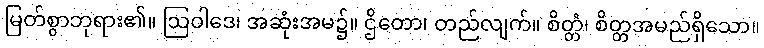
မြတ်စွာဘုရား၏။ ဩဝါဒေ၊ အဆုံးအမ၌။ ဌိတော၊ တည်လျက်။ စိတ္တံ၊ စိတ္တအမည်ရှိသော။